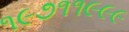
૧૯૭૧૧૯૯૯